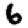
Digit: 6